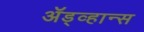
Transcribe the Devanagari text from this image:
ॲड्व्हान्स